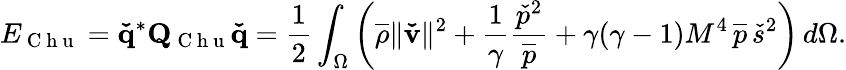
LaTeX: E_{\mathrm{~C~h~u~}}=\mathbf{\check{q}}^{*}\mathbf{Q}_{\mathrm{~C~h~u~}}\mathbf{\check{q}}=\frac{1}{2}\int_{\Omega}\left(\overline{{\rho}}\| \mathbf{\check{v}}\| ^{2}+\frac{1}{\gamma}\frac{\check{p}^{2}}{\overline{{p}}}+\gamma(\gamma-1)M^{4}\, \overline{{p}}\, \check{s}^{2}\right)\, d\Omega.